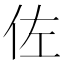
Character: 佐